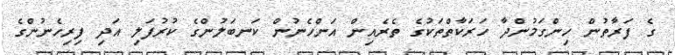
ގެ ފަރާތުން ހިންގަމުންދާ ހަރަކާތްތަކުގެ ތެރެއިން އަންހެނުން ކަނބަލުންގެ ކުރުފަލި އަދި ފިރިހެނުންގެ